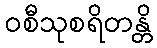
ဝစီသုစရိတန္တိ